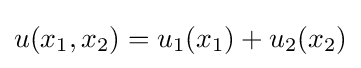
u(x_{1},x_{2})=u_{1}(x_{1})+u_{2}(x_{2})